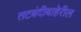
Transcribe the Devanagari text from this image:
तटबंदीबाहेरील